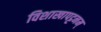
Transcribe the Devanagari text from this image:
विशाखापट्टनम्